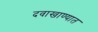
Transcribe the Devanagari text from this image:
दवाखाण्यात